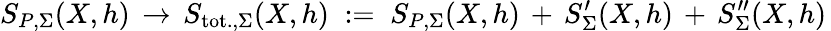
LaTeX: S_{P,\Sigma}(X,h)\, \to\, S_{\mathrm{tot.,}\Sigma}(X,h)\; :=\; S_{P,\Sigma}(X,h)\, +\, S_{\Sigma}^{\prime}(X,h)\, +\, S_{\Sigma}^{\prime\prime}(X,h)\,